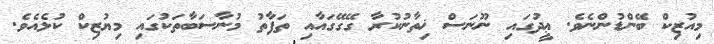
މިއުޒިކް ބޭންޑުންނެވެ. ޢީދުގައި ނޫނަސް ޚިތާނުކުރާ ގޭގޭގައާއި ތަފާތު މުނާސަބާތަކުގައި މިޔުޒިކް ކުޅެއެވެ.